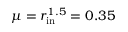
\mu = r _ { \mathrm { i n } } ^ { 1 . 5 } = 0 . 3 5